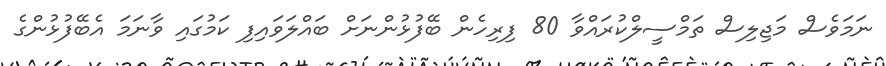
ނަމަވެސް މަޖިލިސް ތަމްސީލްކުރައްވާ 80 ފިރިހެން ބޭފުޅުންނަށް ބައްލަވައިފި ކަމުގައި ވާނަމަ އެބޭފުޅުންގެ